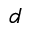
d